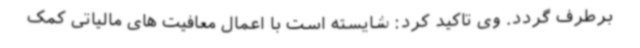
برطرف گردد. وی تاکید کرد: شایسته است با اعمال معافیت های مالیاتی کمک